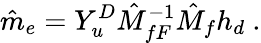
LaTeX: \hat{m}_{e}=Y_{u}^{D}\hat{M}_{fF}^{-1}\hat{M}_{f}h_{d}~.